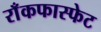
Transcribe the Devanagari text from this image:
राँकफास्फेट